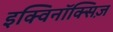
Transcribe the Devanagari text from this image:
इक्विनॉक्सिज़